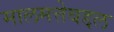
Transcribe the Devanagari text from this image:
मालमत्तेबद्दल